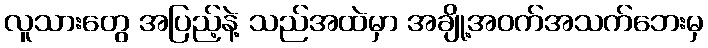
လူသားတွေ အပြည့်နဲ့ သည်အထဲမှာ အချို့အဝက်အသက်ဘေးမှ